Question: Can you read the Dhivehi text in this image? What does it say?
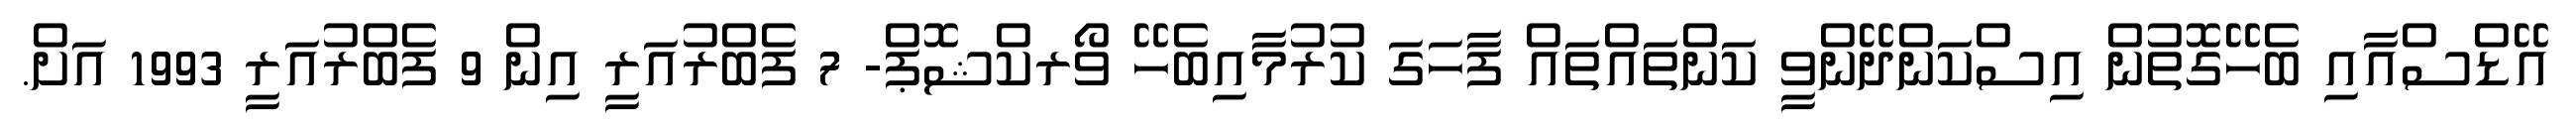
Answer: އޭޑްސްއާއި ބެހޭގޮތުން އިސްކަންދޭންވީ ކަންތައްތައް ފާހަގަ ކުރުމާއިބެހޭ ވޯރކްޝޮޕް- 7 ފެބްރުއަރީ އިން 9 ފެބްރުއަރީ 1993 އަށް.